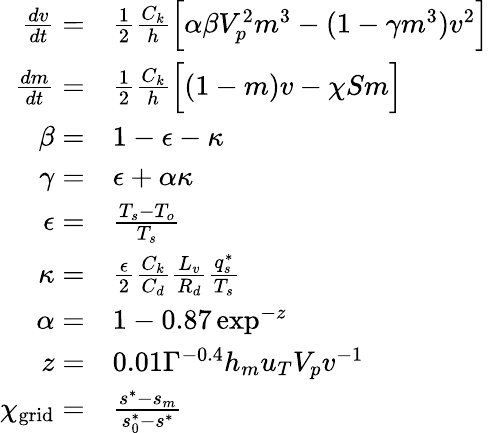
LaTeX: \begin{array}{rl}{\frac{dv}{dt}=}&{\frac{1}{2}\frac{C_{k}}{h}\Big[\alpha\beta V_{p}^{2}m^{3}-(1-\gamma m^{3})v^{2}\Big]}\\ {\frac{dm}{dt}=}&{\frac{1}{2}\frac{C_{k}}{h}\Big[(1-m)v-\chi Sm\Big]}\\ {\beta=}&{1-\epsilon-\kappa}\\ {\gamma=}&{\epsilon+\alpha\kappa}\\ {\epsilon=}&{\frac{T_{s}-T_{o}}{T_{s}}}\\ {\kappa=}&{\frac{\epsilon}{2}\frac{C_{k}}{C_{d}}\frac{L_{v}}{R_{d}}\frac{q_{s}^{*}}{T_{s}}}\\ {\alpha=}&{1-0.87\exp^{-z}}\\ {z=}&{0.01\Gamma^{-0.4}h_{m}u_{T}V_{p}v^{-1}}\\ {\chi_{\mathrm{grid}}=}&{\frac{s^{*}-s_{m}}{s_{0}^{*}-s^{*}}}\end{array}